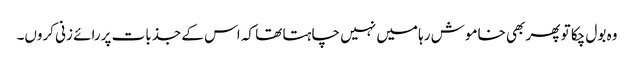
وہ بول چکا تو پھر بھی خاموش رہا میں نہیں چاہتا تھا کہ اس کے جذبات پررائے زنی کروں۔